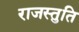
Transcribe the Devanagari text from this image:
राजस्तुति